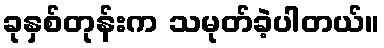
ခုနှစ်တုန်းက သမုတ်ခဲ့ပါတယ်။